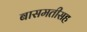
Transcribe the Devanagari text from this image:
बासमतीसह